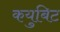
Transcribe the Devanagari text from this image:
कयुबिट